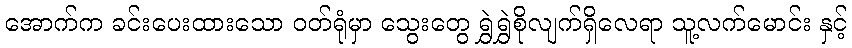
အောက်က ခင်းပေးထားသော ဝတ်ရုံမှာ သွေးတွေ ရွှဲရွှဲစိုလျက်ရှိလေရာ သူ့လက်မောင်း နှင့်